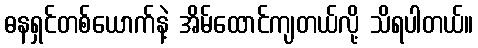
ဓနရှင်တစ်ယောက်နဲ့ အိမ်ထောင်ကျတယ်လို့ သိရပါတယ်။